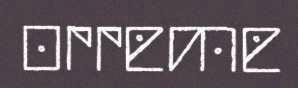
orreme